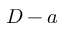
D - a